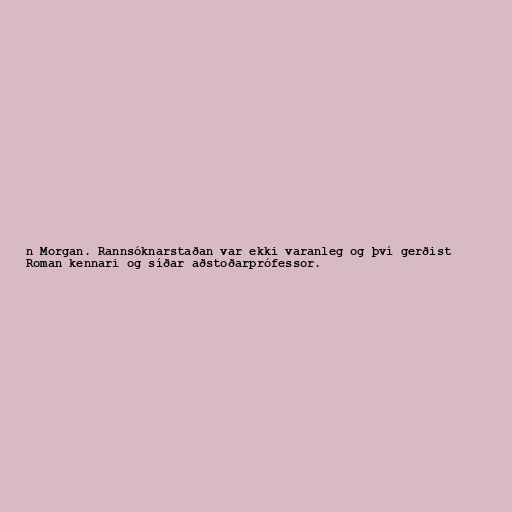
n Morgan. Rannsóknarstaðan var ekki varanleg og því gerðist
Roman kennari og síðar aðstoðarprófessor.